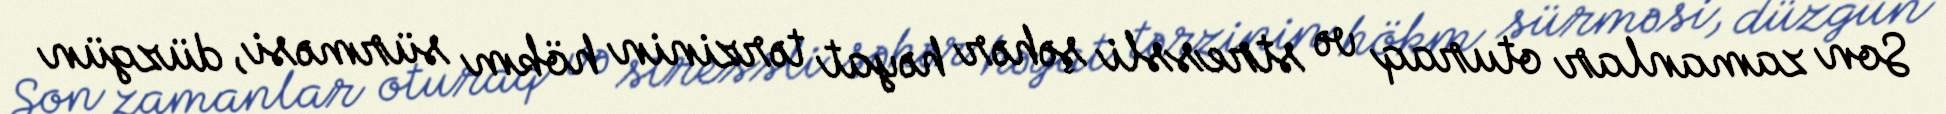
Son zamanlar oturaq və stressli şəhər həyat tərzinin hökm sürməsi, düzgün